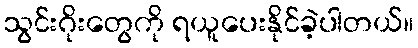
သွင်းဂိုးတွေကို ရယူပေးနိုင်ခဲ့ပါတယ်။